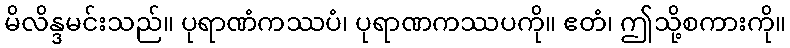
မိလိန္ဒမင်းသည်။ ပုရာဏံကဿပံ၊ ပုရာဏကဿပကို။ ဧတံ၊ ဤသို့စကားကို။